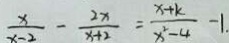
\frac { x } { x - 2 } - \frac { 2 x } { x + 2 } = \frac { x + k } { x ^ { 2 } - 4 } - 1 .